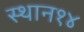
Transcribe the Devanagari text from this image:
स्थान१४